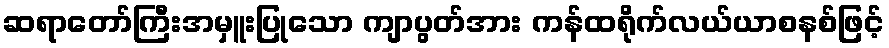
ဆရာတော်ကြီးအမှူးပြုသော ကျာပွတ်အား ကန်ထရိုက်လယ်ယာစနစ်ဖြင့်